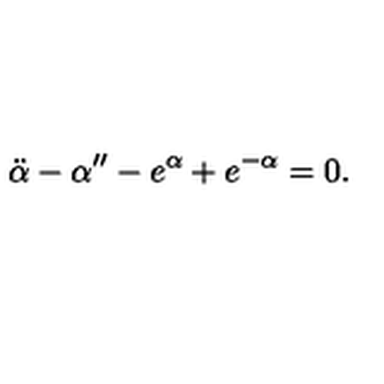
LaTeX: \ddot { \alpha } - \alpha ^ { \prime \prime } - e ^ { \alpha } + e ^ { - \alpha } = 0 .